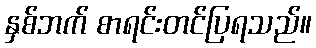
နှစ်ဘက် စာရင်းတင်ပြရသည်။